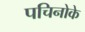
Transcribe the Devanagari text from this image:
पचिनोके